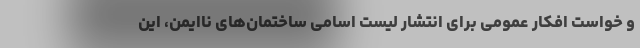
و خواست افکار عمومی برای انتشار لیست اسامی ساختمان‌های ناایمن، این